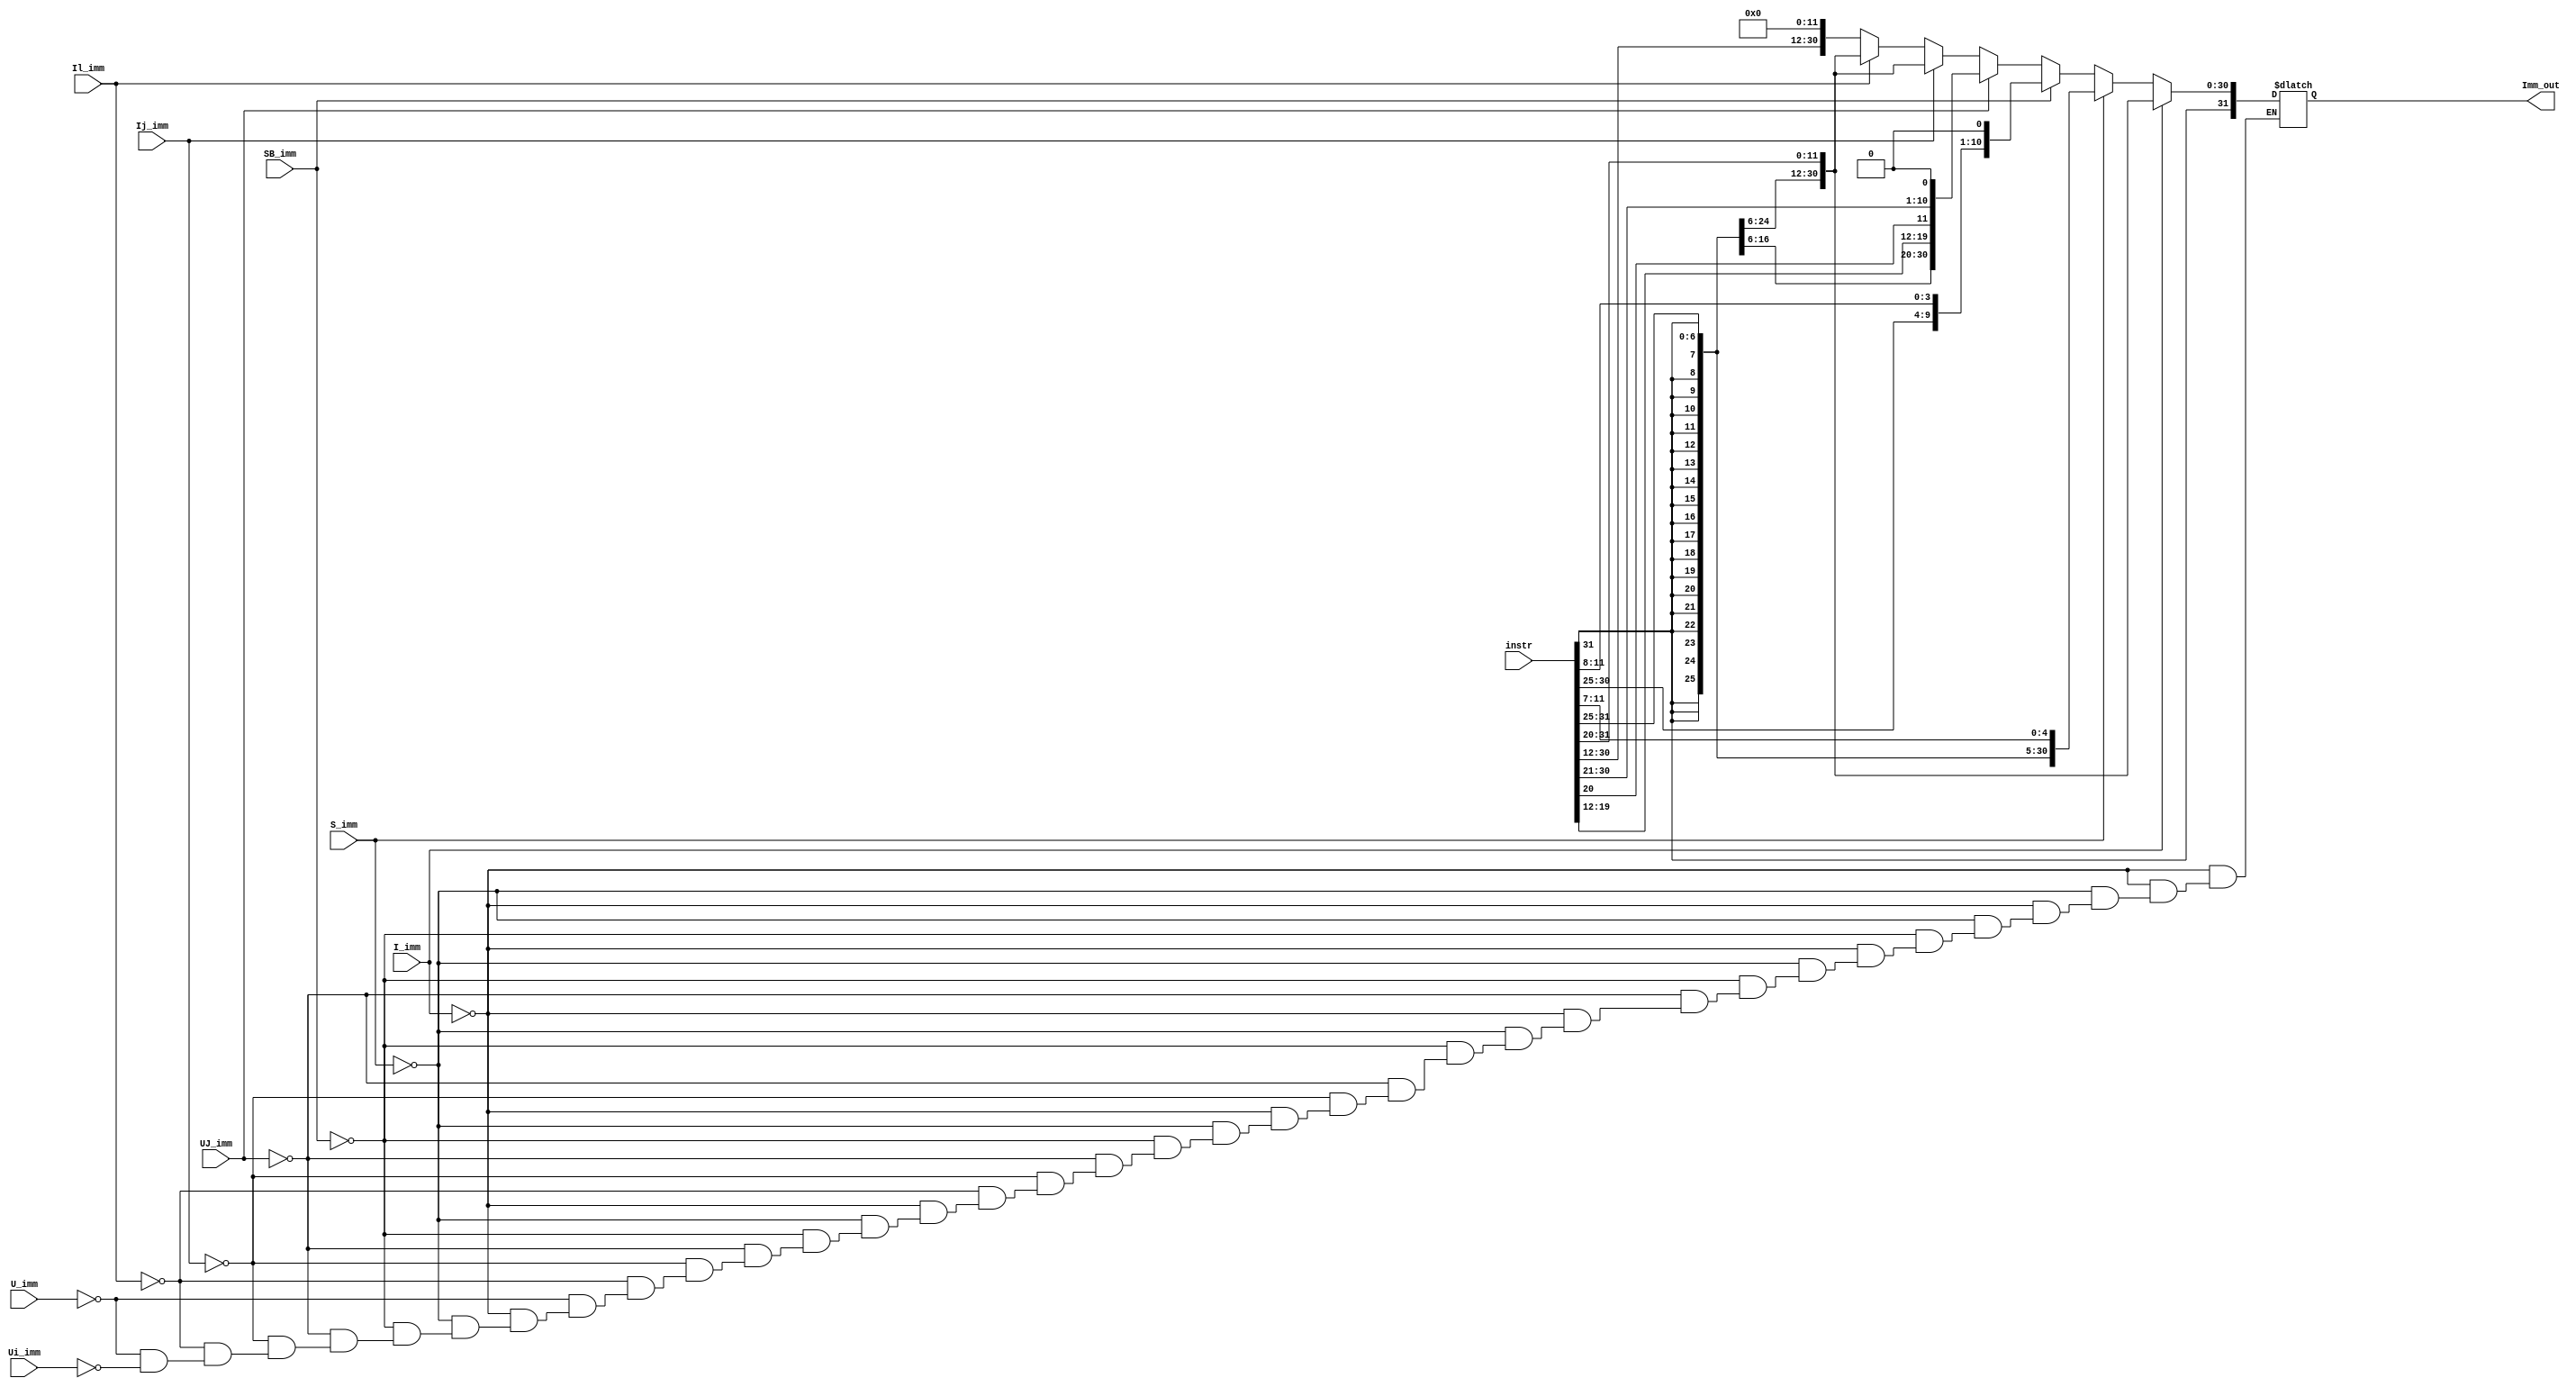
module immgene(
    input wire[31:0] instr,
    input wire I_imm,
    input wire Ij_imm,
    input wire Il_imm,
    input wire SB_imm,
    input wire S_imm,
    input wire UJ_imm,
    input wire U_imm,
     input wire Ui_imm,
    output reg[31:0]Imm_out

);
   
always @(*)begin
    if (I_imm==1'b1 ) begin
        Imm_out= {{20{instr[31]}}, instr[31:20]};
        
    end
    else if (S_imm==1'b1) begin
        Imm_out={{20{instr[31]}}, instr[31:25], instr[11:7]};
        
    end
    else if(SB_imm==1'b1)begin
        Imm_out={{19{instr[31]}},instr[31],instr[7],instr[30:25],instr[11:8],1'b0};
    end
    else if (UJ_imm==1'b1) begin
        Imm_out={{11{instr[31]}},instr[31],instr[19:12],instr[20],instr[30:21],1'b0};
        
    end
    else if(Ij_imm==1'b1)begin
        Imm_out= {{20{instr[31]}}, instr[31:20]};
    end
    else if(Il_imm==1'b1)begin
        Imm_out= {{20{instr[31]}}, instr[31:20]};
    end
    else if(U_imm==1'b1)begin
        Imm_out={instr[31:12], 12'd0};
    end
    else if(Ui_imm==1'b1)begin
        Imm_out={instr[31:12], 12'd0};
    end
   end

 endmodule